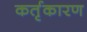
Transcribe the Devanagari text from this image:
कर्तृकारण